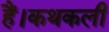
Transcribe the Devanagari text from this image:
हैं।कथकली